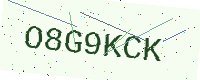
Text: O8G9KCK